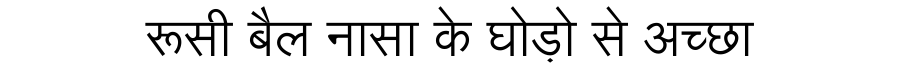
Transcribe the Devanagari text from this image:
रूसी बैल नासा के घोड़ो से अच्छा